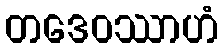
တဒေဝဿာဟံ